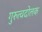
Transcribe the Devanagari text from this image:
गुरुत्वदोलक